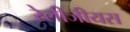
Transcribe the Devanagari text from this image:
रेलीजीयस